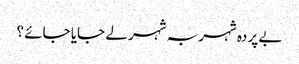
بے پردہ شہر بہ شہر لے جایا جائے ؟